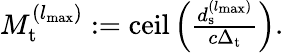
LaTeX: \begin{array}{r}{M_{\mathrm{t}}^{({l_{{\mathrm{max}}}})}:=\mathrm{ceil}\left(\frac{d_{\mathrm{s}}^{({l_{{\mathrm{max}}}})}}{c\Delta_{\mathrm{t}}}\right).}\end{array}